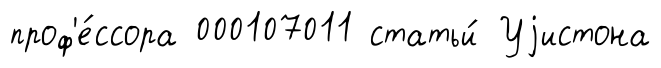
проф'е́ссора 000107011 статьи́ Уjистона